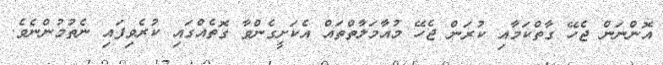
އޮންނަން ޖެހޭ ގާތްކަމާއި ކުރަން ޖެހޭ މުއާމަލާތްތައް އެކަށީގެންވާ ގޮތެއްގައި ކުރެވިފައި ނެތުމުންނެވެ.